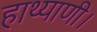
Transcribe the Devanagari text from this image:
हाथ्याणी।